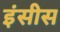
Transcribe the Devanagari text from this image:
इंसीस